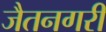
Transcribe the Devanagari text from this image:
जैतनगरी